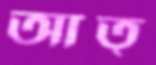
আত্